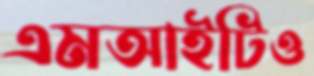
এমআইটিও